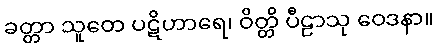
ခတ္တာ သူတေ ပဋိဟာရေ၊ ဝိတ္တိ ပီဠာသု ဝေဒနာ။